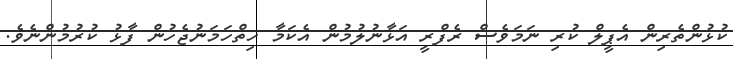
ކުޅުންތެރިން އެޕީލް ކުރި ނަމަވެސް ރެފްރީ އަޅާނުލުމުން އެކަމާ ހިތްހަމަނުޖެހުން ފާޅު ކުރުމުންނެވެ.